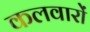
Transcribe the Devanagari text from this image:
कलवारों